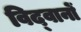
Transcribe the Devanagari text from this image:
विद्‍वानों